Calcutta medical institutions reports 1871-78
Year: 1871
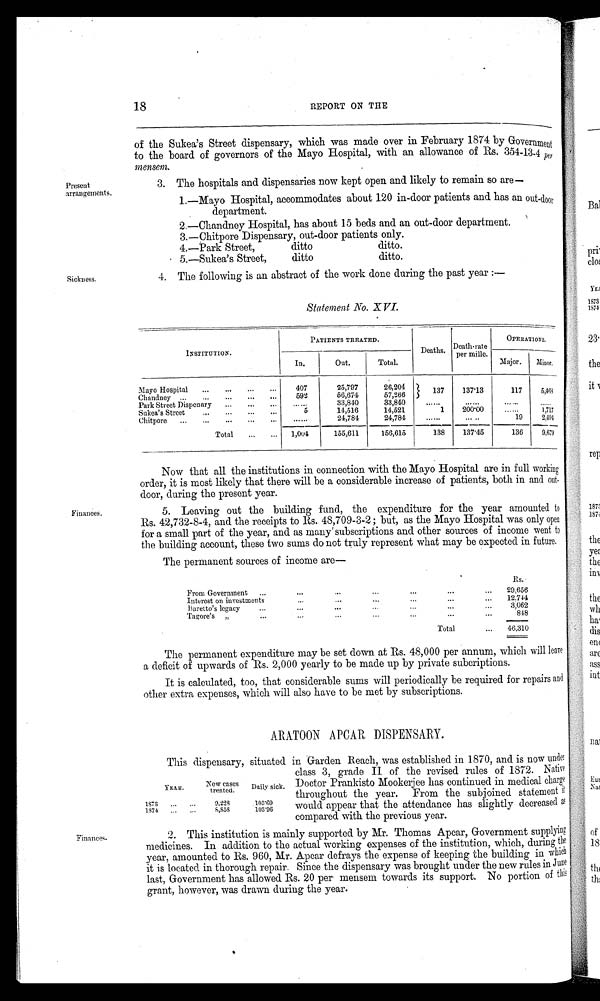
Present
arrangements.
Sickness.
Finances.
18
REPORT ON THE
of the Sukea's Street dispensary, which was made over in February 1874 by Government
to the board of governors of the Mayo Hospital, with an allowance of Rs. 354-13-4 per
mensem.
3. The hospitals and dispensaries now kept open and. likely to remain so are
—
1.—Mayo Hospital, accommodates about 120 in-door patients and has an out-door
department.
2.—Chandney Hospital, has about 15 beds and an out-door department.
3.—Chitpore Dispensary, out-door patients only.
4.—Park Street,
ditto
ditto.
5.—Sukea's Street,
ditto
ditto.
4. The following is an abstract of the work done during the past year:—
Statement No. XVI.
INSTITUTION.
PATIENTS TREATED.
Deaths. Death-rate
per mille.
OPERATIONS.
In.
Out.
Total.
Major.
Minor.
Mayo Hospital
407
25,797
26,204
Chandney
592
56,674
57,266
1 3 7
137·13
117
5, 468
Park Street Dispenary
. . . . . .
33,840
33,840
.....
. . . . . .
. . . . . .
. . . . . .
Sukea's Street
5
14,516
14,521
1
200·00
. . . . . .
1,717
Chitpore
... ...
24,784
24,784
... ...
... ..
19
2, 494
Total
1,004
155,611
156,615
138
137·45
136
9, 679
Now that all the institutions in connection with the Mayo Hospital are in full working
order, it is most likely that there will be a considerable increase of patients, both in and out
-
door, during the present year.
5. Leaving out the building fund, the expenditure for the year amounted
t o
Rs. 42,732-8-4, and the receipts to Rs. 48,709-3-2; but, as the Mayo Hospital was only open
for a small part of the year, and as many subscriptions and other sources of income went
t o
the building account, these two sums do not truly represent what may be expected in future.
The permanent sources of income are—
R s .
From Government
...
...
...
...
...
...
29,656
Interest on investments
...
...
...
...
...
...
12,744
Baretto's legacy
. . .
. . .
...
. . .
. . .
...
3,062
Tagore's „
...
...
...
...
...
...
848
Total
...
46,310
The permanent expenditure may be set down at Rs. 48,000 per annum, which will leave
a deficit of upwards of Rs. 2,000 yearly to be made up by private subcriptions.
It is calculated, too, that considerable sums will periodically be required for repairs and
other extra expenses, which will also have to be met by subscriptions.
ARATOON APCAR DISPENSARY.
This dispensary, situated.in Garden Reach,establised in 1870, and is now under
YEAR.
New cases
treated.
Daily sick.
1873
...
...
9,228
105·69
1874 ...
...
8,858S
103·06
class 3, grade II of the revised rules of 1872. Native
Doctor Prankisto Mookerjee has continued in medical charge
throughout the year. From the subjoined statement it
would appear that the attendance has slightly decreased
a s
compared with the previous year.
Finances.
2. This institution is mainly supported by Mr. Thomas Apcar, Government supplying
medicines. In addition to the actual working expenses of the institution, which, during the
year, amounted to Rs. 960, Mr. Apear defrays the expense of keeping the building in which
it is located in thorough repair. Since the dispensary was brought under the new rules in June
last, Government has allowed Rs. 20 per mensem towards its support. No portion of
t h i s
grant, however, was drawn during the year.